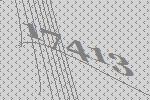
17413